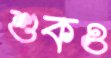
শুকও